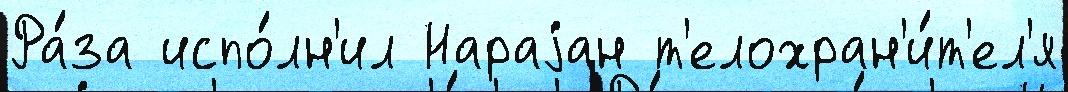
Ра́за испо́лн'ил Нараjан т'елохран'и́т'ел'я